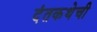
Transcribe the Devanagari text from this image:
दंतकथेची